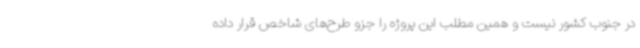
در جنوب کشور نیست و همین مطلب این پروژه را جزو طرح‌های شاخص قرار داده